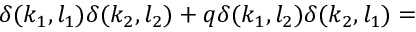
\delta ( k _ { 1 } , l _ { 1 } ) \delta ( k _ { 2 } , l _ { 2 } ) + q \delta ( k _ { 1 } , l _ { 2 } ) \delta ( k _ { 2 } , l _ { 1 } ) =